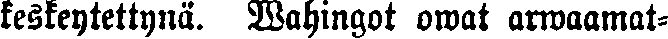
keskeytettynä. Wahingot owat arwaamat-